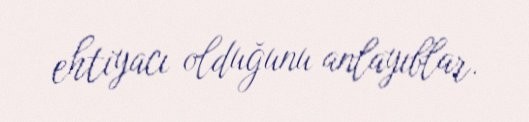
ehtiyacı olduğunu anlayıblar.